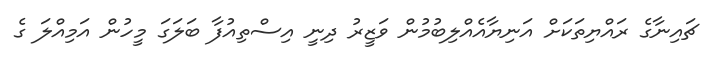
ޗައިނާގެ ރައްޔިތަކަށް އަނިޔާއެއްލިބުމުން ވަޒީރު ދިނީ އިސްތިއުފާ ބަލަގަ މީހުން އަމިއްލަ ގެ